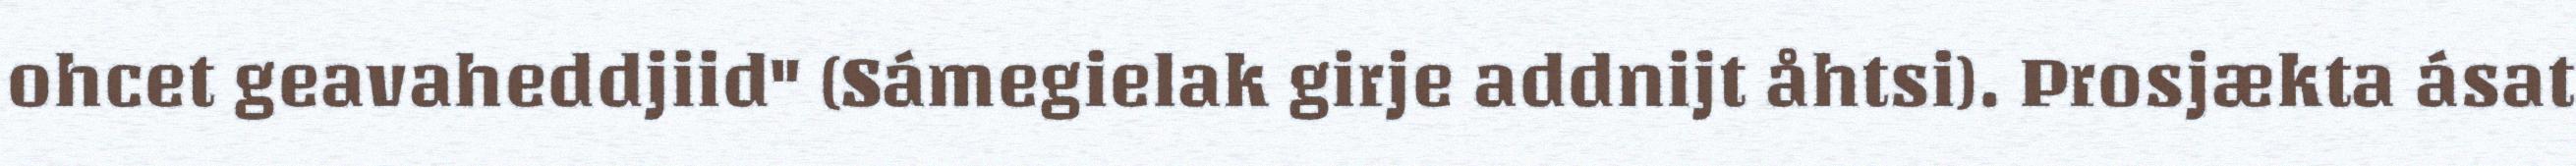
ohcet geavaheddjiid" (Sámegielak girje addnijt åhtsi). Prosjækta ásat